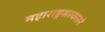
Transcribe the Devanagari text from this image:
महाराष्ट्रसरकारने